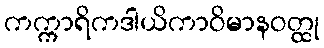
ကက္ကာရိကဒါယိကာဝိမာနဝတ္ထု